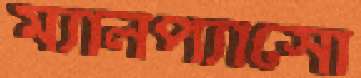
ম্যালপ্যাসো